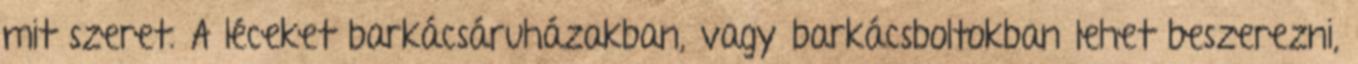
mit szeret. A léceket barkácsáruházakban, vagy barkácsboltokban lehet beszerezni,